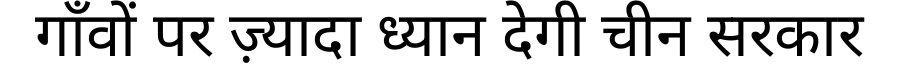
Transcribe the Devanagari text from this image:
गाँवों पर ज़्यादा ध्यान देगी चीन सरकार